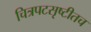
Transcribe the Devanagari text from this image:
चित्रपटसृष्टीतच